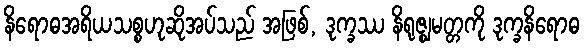
နိရောဓအရိယသစ္စဟုဆိုအပ်သည် အဖြစ်, ဒုက္ခဿ နိရုဇ္ဈမတ္တကို ဒုက္ခနိရောဓ